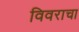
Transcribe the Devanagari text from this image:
विवराचा